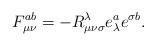
LaTeX: \begin{align*}F_{\mu \nu }^{ab}=-R_{\mu \nu \sigma }^\lambda e_\lambda ^ae^{\sigma b}.\end{align*}